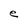
Character: e